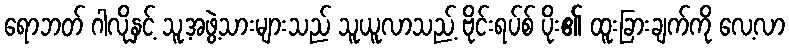
ရောဘတ် ဂါလိုနှင့် သူ့အဖွဲ့သားများသည် သူယူလာသည့် ဗိုင်းရပ်စ် ပိုး၏ ထူးခြားချက်ကို လေ့လာ